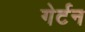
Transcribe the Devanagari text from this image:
गेर्टन